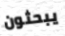
يبحثون